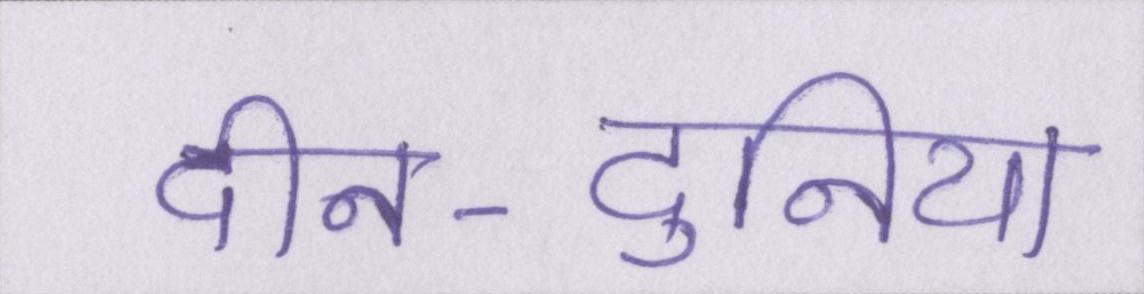
दीन-दुनिया